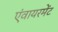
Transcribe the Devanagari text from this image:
एंवायरमेंट